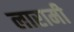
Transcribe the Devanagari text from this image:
लारामी